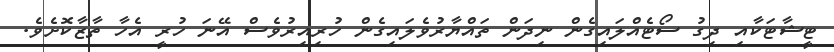
ޓީޝާޓަކާއި ދިގު ސޯޓެއްލައިގެން ނިދަން ތައްޔާރުވެލައިގެން ހުރިއިރުވެސް އޭނަ ހުރީ އެހާ ތާޒާކޮށެވެ.